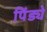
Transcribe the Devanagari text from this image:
पिंड्ये